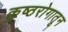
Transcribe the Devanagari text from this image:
कुष्ठरोगातून